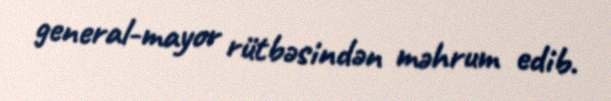
general-mayor rütbəsindən məhrum edib.